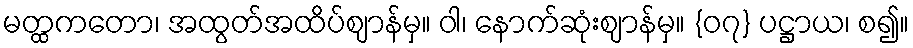
မတ္ထကတော၊ အထွတ်အထိပ်ဈာန်မှ။ ဝါ၊ နောက်ဆုံးဈာန်မှ။ {၀၇} ပဋ္ဌာယ၊ စ၍။